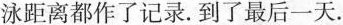
泳距离都作了记录.到了最后一天.